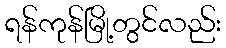
ရန်ကုန်မြို့တွင်လည်း